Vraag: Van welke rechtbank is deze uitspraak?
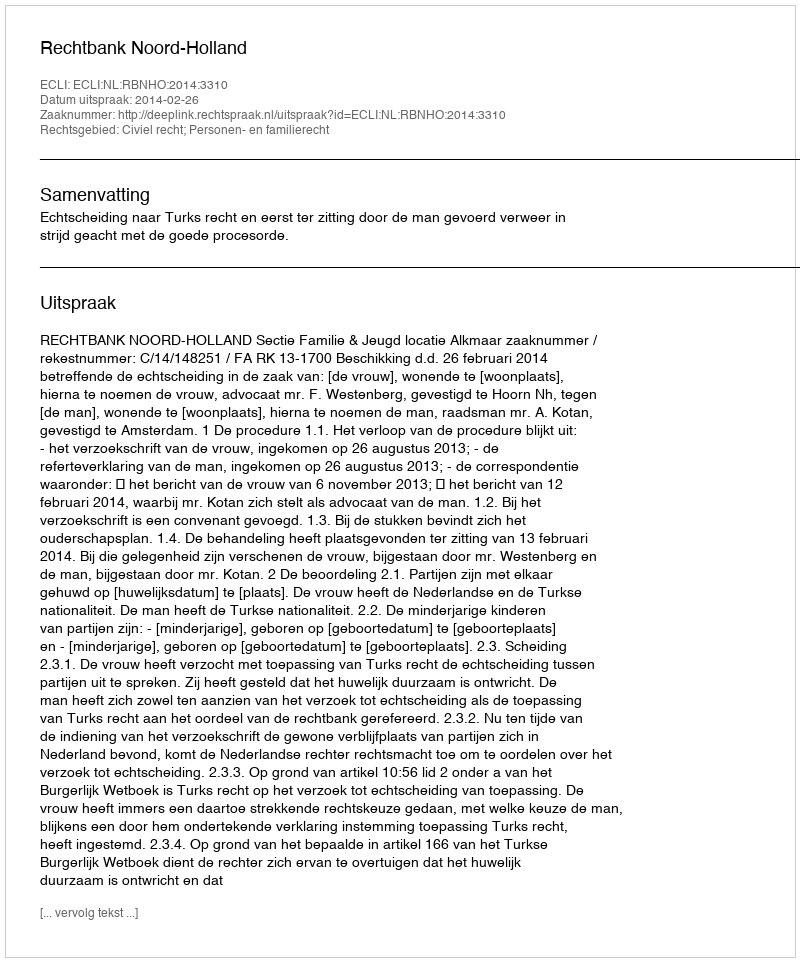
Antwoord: Rechtbank Noord-Holland